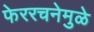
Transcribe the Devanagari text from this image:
फेररचनेमुळे